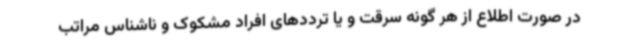
در صورت اطلاع از هر گونه سرقت و یا ترددهای افراد مشکوک و ناشناس مراتب